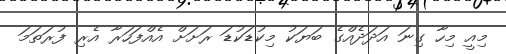
މިއީ މިހާ ގިނަ އަދަދެއްގެ ބަޔަކު މިކުޑަކުޑަ ރަށަށް އެއްފަހަރާ އެރި ފުރަތަމަ